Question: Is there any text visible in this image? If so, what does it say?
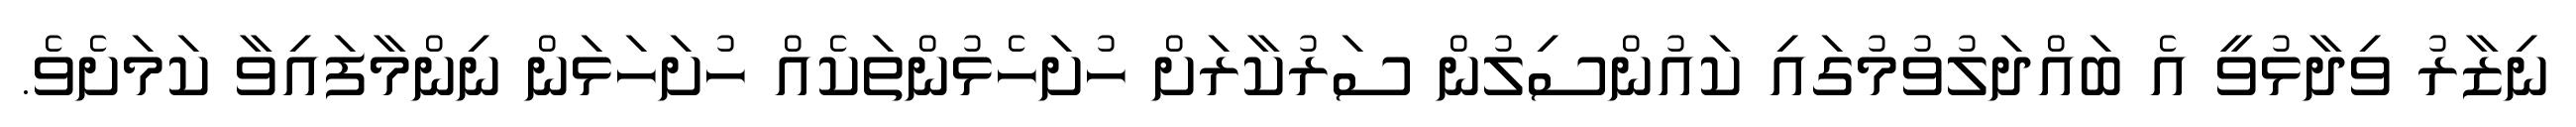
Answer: ނިޒާރު ވިދާޅުވީ އެ ބައްދަލުވުމުގައި ކައުންސިލުން ސަރުކާރަށް ހުށަހެޅުންތަކެއް ހުށަހަޅަން ނިންމާފައިވާ ކަމަށެވެ.